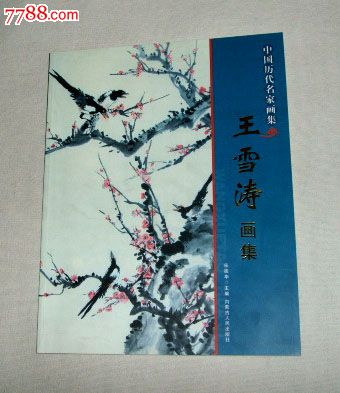
故人书报，莫因循忘却莼鲈。